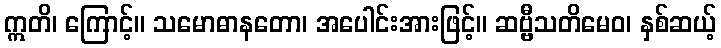
ဣတိ၊ ကြောင့်။ သမောဓာနတော၊ အပေါင်းအားဖြင့်။ ဆဗ္ဗီသတိမေဝ၊ နှစ်ဆယ့်